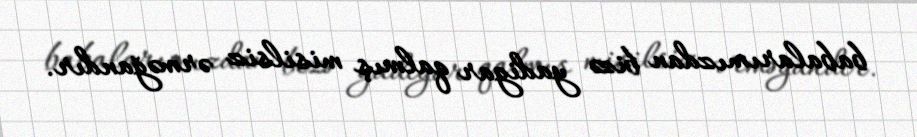
babalarımızdan bizə yadigar qalmış misilsiz ərməğandır.